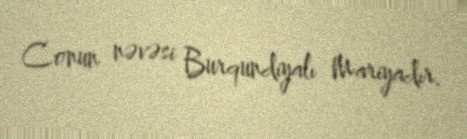
Conun nəvəsi Burqundiyalı Mariyadır.